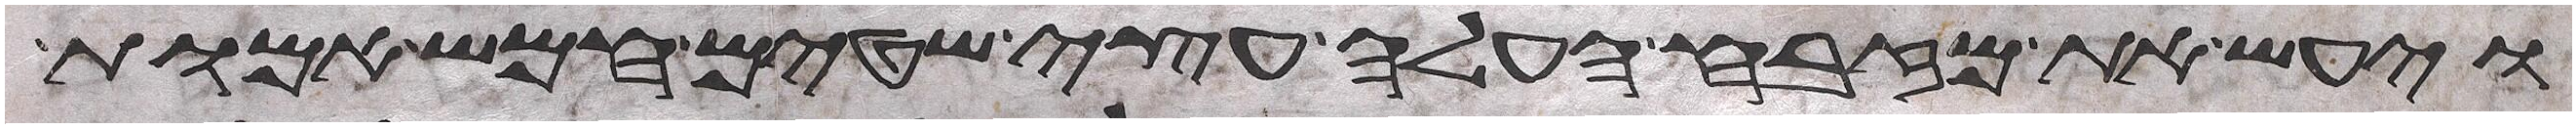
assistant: ויעש את מזבח העלה עצי שטים חמש אמות